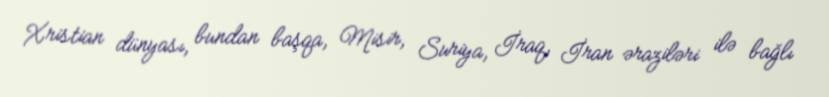
Xristian dünyası, bundan başqa, Misir, Suriya, İraq, İran əraziləri ilə bağlı